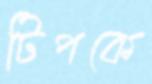
টিপকে